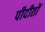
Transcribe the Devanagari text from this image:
पीदीतों